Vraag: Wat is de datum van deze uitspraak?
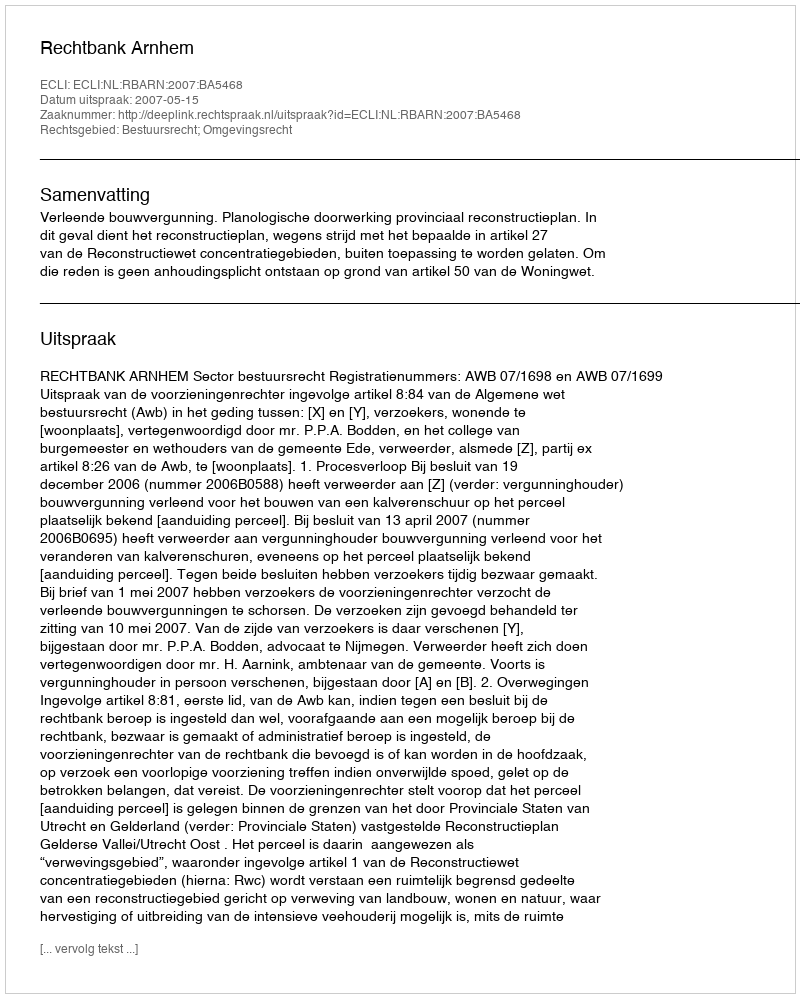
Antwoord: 2007-05-15